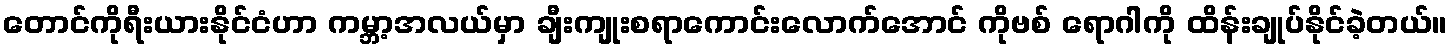
တောင်ကိုရီးယားနိုင်ငံဟာ ကမ္ဘာ့အလယ်မှာ ချီးကျုးစရာကောင်းလောက်အောင် ကိုဗစ် ရောဂါကို ထိန်းချုပ်နိုင်ခဲ့တယ်။